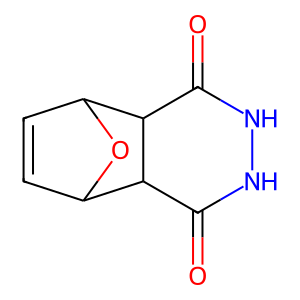
SMILES: O=C1NNC(=O)C2C3C=CC(O3)C12
Inhibits HIV replication: No